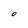
Character: O